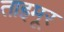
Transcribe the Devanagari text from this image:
ताइमूर